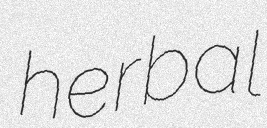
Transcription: herbal